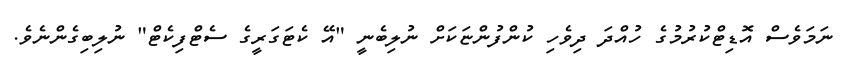
ނަމަވެސް އޮޑިޓްކުރުމުގެ ހުއްދަ ދިވެހި ކުންފުންޏަކަށް ނުލިބެނީ "އޭ ކެޓަގަރީގެ ސެޓްފިކެޓް" ނުލިބިގެންނެވެ.